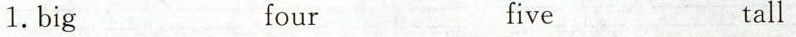
1.big four five tall